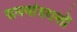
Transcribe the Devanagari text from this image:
समयांतरालों